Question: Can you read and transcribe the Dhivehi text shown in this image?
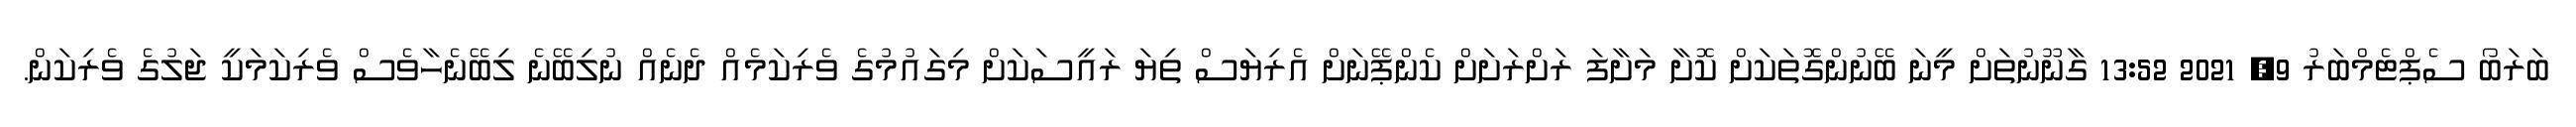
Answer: ބަރަބޯ ސެޕްޓެމްބަރު 9, 2021 13:52 ގާނޫނުތަށް މީނަ ބޭނުންގޮތަކަށް ކޮށާ މަށާފަ ރަށްރަށަށް ކެންޕޭނަށް އެރިޔަސް ތިޔަ ރައީސަކަށް މިގައުމުގެ ވެރިކަމެއް ދެނެއް ނުލިބޭނެ ލިބޭނެހާވެސް ވެރިކަމަކީ ޖަލުގެ ވެރިކަން.